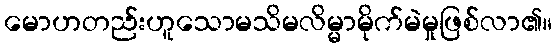
မောဟတည်းဟူသောမသိမလိမ္မာမိုက်မဲမှုဖြစ်လာ၏။